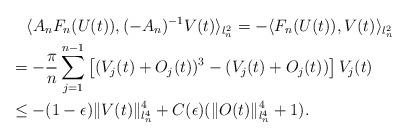
LaTeX: \begin{align*}&\quad\langle A_n F_n(U(t)),(-A_n)^{-1}V(t)\rangle_{l^2_n}=-\langle F_n(U(t)),V(t)\rangle_{l^2_n}\\&=-\frac{\pi}{n}\sum_{j=1}^{n-1}\left[(V_j(t)+O_j(t))^3-(V_j(t)+O_j(t))\right]V_j(t)\\&\le-(1-\epsilon)\|V(t)\|_{l_n^4}^4+C(\epsilon)(\|O(t)\|_{l_n^4}^4+1).\end{align*}